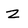
Character: Z